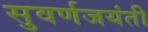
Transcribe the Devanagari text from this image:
सुवर्णजयंती